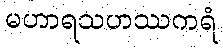
မဟာရသဟဿကရံ